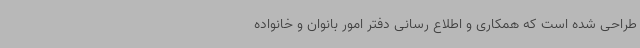
طراحی شده است که همکاری و اطلاع رسانی دفتر امور بانوان و خانواده